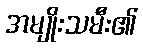
အမျိုးသမီး၏